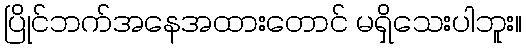
ပြိုင်ဘက်အနေအထားတောင် မရှိသေးပါဘူး။